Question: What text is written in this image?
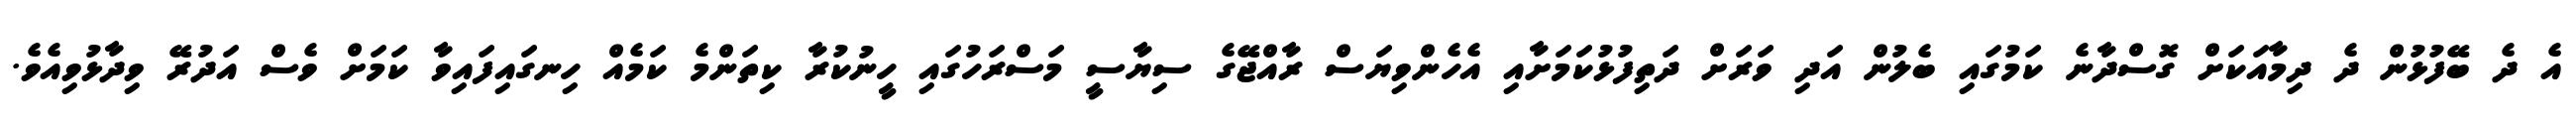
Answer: އެ ދެ ބޭފުޅުން ދެ ދިމާއަކަށް ގޮސްދާނެ ކަމުގައި ބެލުން އަދި ވަރަށް ދަތިފުޅުކަމަށާއި އެހެންވިޔަސް ރާއްޖޭގެ ސިޔާސީ މަސްރަހުގައި ހީނުކުރާ ކިތަންމެ ކަމެއް ހިނގައިފައިވާ ކަމަށް ވެސް އަދުރޭ ވިދާޅުވިއެވެ.